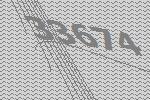
33674